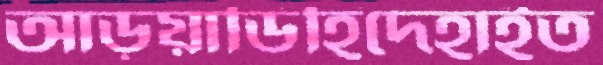
আড়ুয়াডিহিদেহাইত